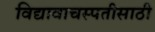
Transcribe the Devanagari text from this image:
विद्यावाचस्पतीसाठी